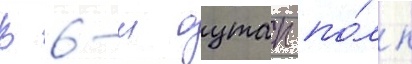
В 6-м оутап по́лк